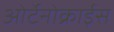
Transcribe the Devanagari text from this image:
ओर्टेनोक्राईस